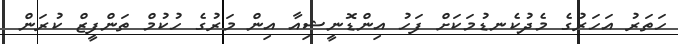
ހަތަރު އަހަރުގެ މެދުކެނޑުމަކަށް ފަހު އިންޑޮނީޝިއާ އިން މަރުގެ ހުކުމް ތަންފީޒް ކުރަން